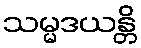
သမ္မဒယန္တိ